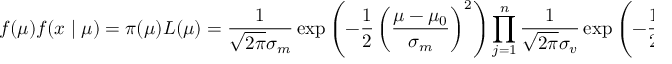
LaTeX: f ( \mu ) f ( x \mid \mu ) = \pi ( \mu ) L ( \mu ) = { \frac { 1 } { { \sqrt { 2 \pi } } \sigma _ { m } } } \exp \left( - { \frac { 1 } { 2 } } \left( { \frac { \mu - \mu _ { 0 } } { \sigma _ { m } } } \right) ^ { 2 } \right) \prod _ { j = 1 } ^ { n } { \frac { 1 } { { \sqrt { 2 \pi } } \sigma _ { v } } } \exp \left( - { \frac { 1 } { 2 } } \left( { \frac { x _ { j } - \mu } { \sigma _ { v } } } \right) ^ { 2 } \right) ,